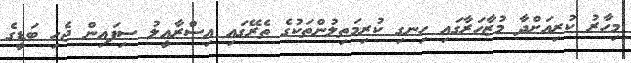
މިހާރު ކުރިއަށްދާ މުޒާހަރާގައި ހިނގި ކުރިމަތިލުންތަކުގެ ތެރޭގައި އިސްރާއީލު ސިފައިން ޖެހި ބަޑީގެ